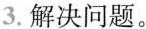
3.解决问题。